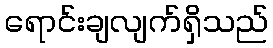
ရောင်းချလျက်ရှိသည်